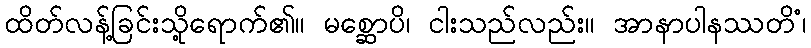
ထိတ်လန့်ခြင်းသို့ရောက်၏။ မစ္ဆောပိ၊ ငါးသည်လည်း။ အာနာပါနဿတိံ၊